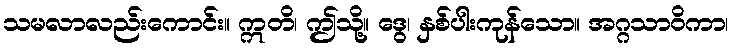
သမလာလည်းကောင်း။ ဣတိ၊ ဤသို့။ ဒွေ၊ နှစ်ပါးကုန်သော။ အဂ္ဂသာဝိကာ၊